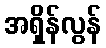
အရှိန်လွန်